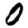
Digit: 0